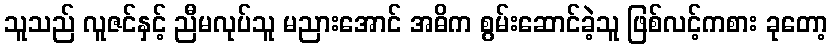
သူသည် လူဇင်နှင့် ညီမလုပ်သူ မညားအောင် အဓိက စွမ်းဆောင်ခဲ့သူ ဖြစ်လင့်ကစား ခုတော့